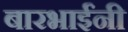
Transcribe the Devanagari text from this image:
बारभाईंनी